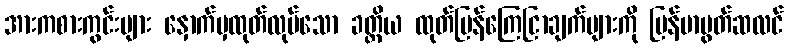
အားကစားကွင်းများ နှောက်မှထုတ်လုပ်သော ခတ္တိယ ထုတ်ပြန်ကြေငြာချက်များကို မြန်မာမွတ်ဆလင်